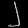
Digit: ၂